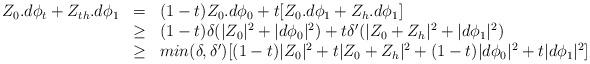
LaTeX: \begin{align*}\begin{array}{rcl}Z_0.d\phi_t+Z_{th}.d\phi_1 &=& (1-t)Z_0.d\phi_0+t[Z_0.d\phi_1+Z_h.d\phi_1]\\ &\geq & (1-t)\delta (|Z_0|^2+|d\phi_0|^2)+t\delta' (|Z_0+Z_h|^2+|d\phi_1|^2)\\ &\geq & min(\delta,\delta')[(1-t)|Z_0|^2+t|Z_0+Z_h|^2+(1-t)|d\phi_0|^2+t|d\phi_1|^2]\end{array}\end{align*}